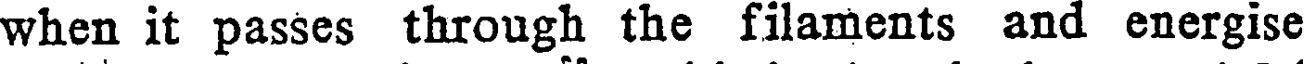
when it passes through the filaments and energise